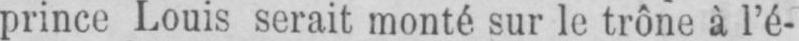
prince Louis serait monté sur le trône à l’é-